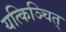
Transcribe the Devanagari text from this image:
यत्किञ्चित्